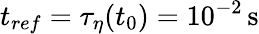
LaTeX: t_{ref}=\tau_{\eta}(t_{0})=10^{-2}\, \mathrm{s}